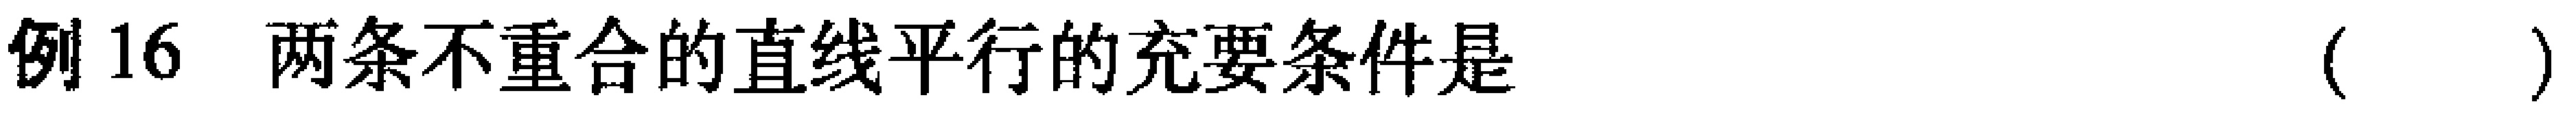
例16 两条不重合的直线平行的充要条件是（  ）